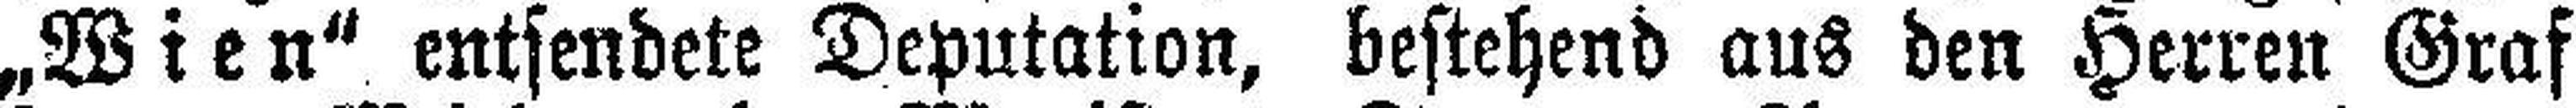
„Wien“ entsendete Deputation, bestehend aus den Herren Graf